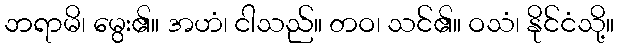
ဘရာမိ၊ မွေး၏။ အဟံ၊ ငါသည်။ တဝ၊ သင်၏။ ဝသံ၊ နိုင်ငံသို့။